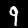
Label: 9